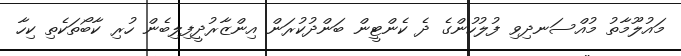
މައުލޫމާތު މުއްސަނދިވި ފުލުހުންގެ ދެ ކެންޓީން ބަންދުކުރަން އިންޒާރުދީފިލިބެން ހުރި ކާބޯތަކެތި ކިހާ